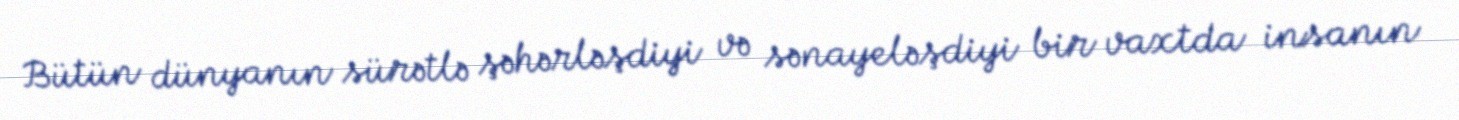
Bütün dünyanın sürətlə şəhərləşdiyi və sənayeləşdiyi bir vaxtda insanın